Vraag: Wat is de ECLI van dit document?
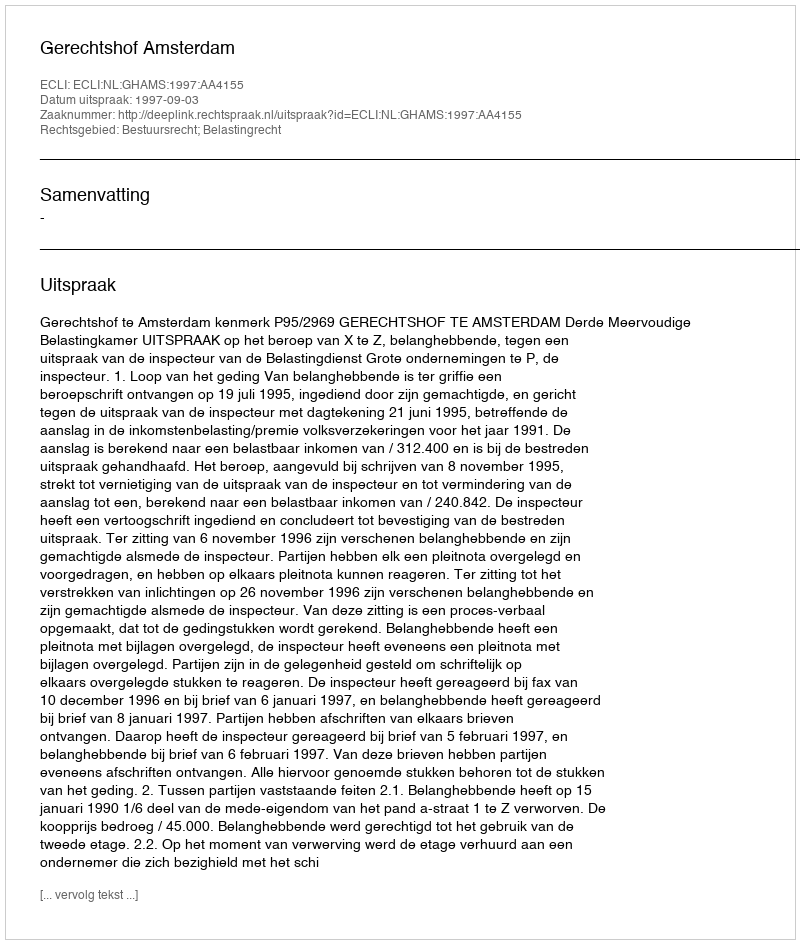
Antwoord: ECLI:NL:GHAMS:1997:AA4155